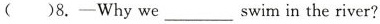
( )8.——Whywe swim in the river?